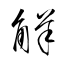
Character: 觧